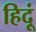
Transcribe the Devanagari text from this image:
हिदूं